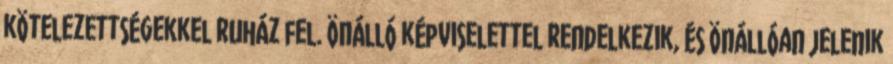
kötelezettségekkel ruház fel. Önálló képviselettel rendelkezik, és önállóan jelenik